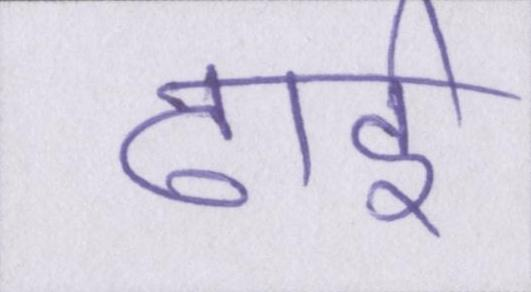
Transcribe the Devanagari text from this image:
ढाई